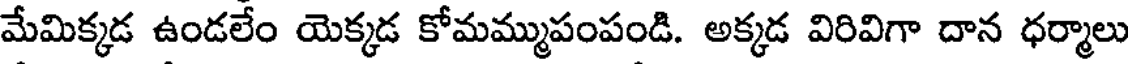
మేమిక్కడ ఉండలేం యెక్కడ కోమమ్ముపంపండి. అక్కడ విరివిగా దాన ధర్మాలు